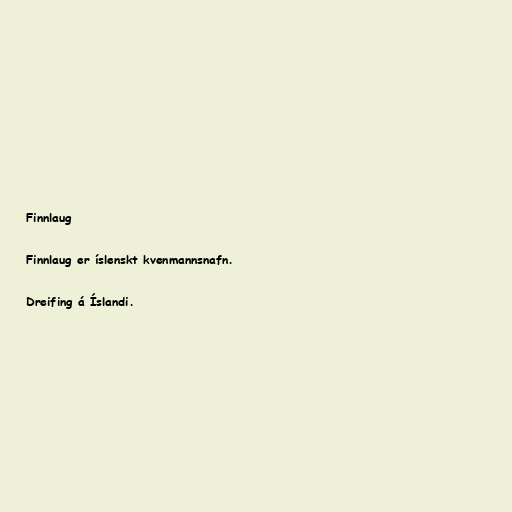
Finnlaug

Finnlaug er íslenskt kvenmannsnafn.

Dreifing á Íslandi.